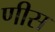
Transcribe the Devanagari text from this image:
णीस